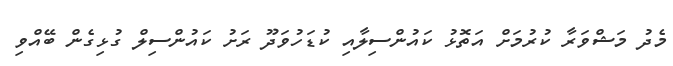
މެދު މަޝްވަރާ ކުރުމަށް އަތޮޅު ކައުންސިލާއި ކުޑަހުވަދޫ ރަށު ކައުންސިލް ގުޅިގެން ބޭއްވި